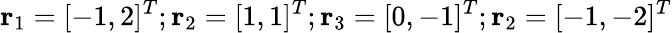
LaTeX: \mathbf{r}_{1}=[-1,2]^{T};\mathbf{r}_{2}=[1,1]^{T};\mathbf{r}_{3}=[0,-1]^{T};\mathbf{r}_{2}=[-1,-2]^{T}